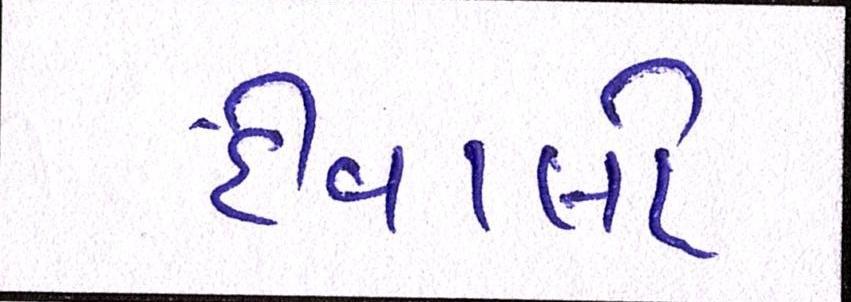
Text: દીવાલો